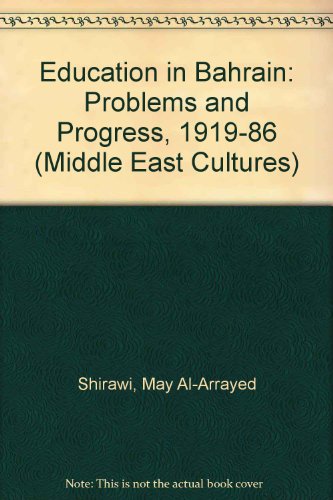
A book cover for Education in Bahrain: Problems and Progress, 1919-86 (Middle East Cultures); May Al-Arrayed Shirawi; History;